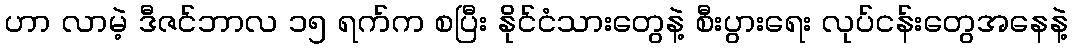
ဟာ လာမဲ့ ဒီဇင်ဘာလ ၁၅ ရက်က စပြီး နိုင်ငံသားတွေနဲ့ စီးပွားရေး လုပ်ငန်းတွေအနေနဲ့